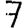
Digit: 7